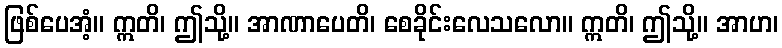
ဖြစ်ပေအံ့။ ဣတိ၊ ဤသို့။ အာဏာပေတိ၊ စေခိုင်းလေသလော။ ဣတိ၊ ဤသို့။ အာဟ၊